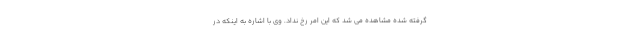
گرفته شده مشاهده می شد که این امر رخ نداد. وی با اشاره به اینکه در